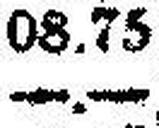
—.—